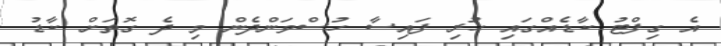
އެ ގިފްޓު ކާޑެއްގައި ހުރި ފައިސާ ހުސްވަންދެން މި ދެ ގޮތަށް ކާޑު